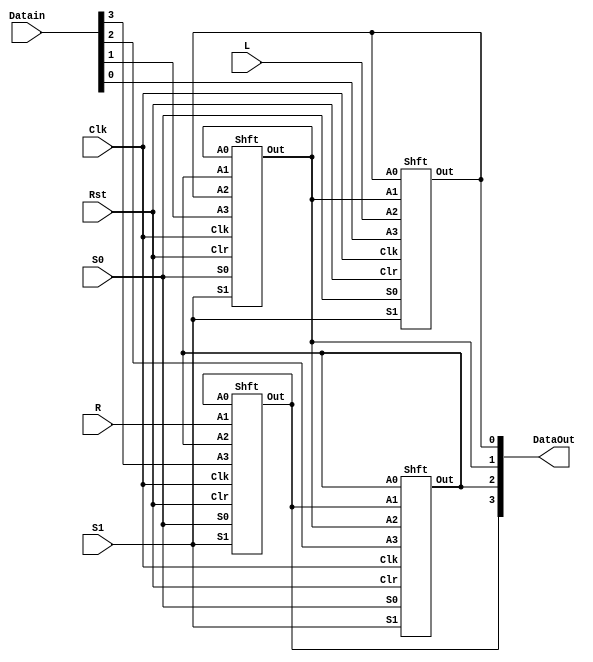
module Universal_shft_reg (
    input Rst,
    input Clk,
    input S1,S0,
    input L,R,
    input [3:0] Datain,
    output [3:0] DataOut 
);
    

    Shft W0(.S1(S1),.S0(S0),.Clr(Rst),.Clk(Clk),.A3(Datain[3]),.A2(DataOut[2]),.A1(R),.A0(DataOut[3]),.Out(DataOut[3]));
    Shft W1(.S1(S1),.S0(S0),.Clr(Rst),.Clk(Clk),.A3(Datain[2]),.A2(DataOut[1]),.A1(DataOut[3]),.A0(DataOut[2]),.Out(DataOut[2]));
    Shft W2(.S1(S1),.S0(S0),.Clr(Rst),.Clk(Clk),.A3(Datain[1]),.A2(DataOut[0]),.A1(DataOut[2]),.A0(DataOut[1]),.Out(DataOut[1]));
    Shft W3(.S1(S1),.S0(S0),.Clr(Rst),.Clk(Clk),.A3(Datain[0]),.A2(L),.A1(DataOut[1]),.A0(DataOut[0]),.Out(DataOut[0]));

 

endmodule

module Shft(S1,S0,Clr,Clk,A3,A2,A1,A0,Out);
input S1,S0,Clr,Clk;
input A3,A2,A1,A0;
output Out;
wire Cont;

mux41 OP(.S1(S1),.S0(S0),.Din3(A3),.Din2(A2),.Din1(A1),.Din0(A0),.Dout(Cont));
dff KO(.D(Cont),.Rst(Clr),.Clk(Clk),.Q(Out));

endmodule

module dff(
    input D,
    input Rst,
    input Clk,
    output reg Q
);
always @(posedge Clk) begin
  if (Rst == 1) begin
    Q <= 0;
  end
  else begin
    Q <= D;
  end
end
endmodule

module mux41(S1,S0,Din3,Din2,Din1,Din0,Dout);
input S1,S0;
input Din3,Din2,Din1,Din0;
output Dout;

assign Dout = S1 ?(S0 ? Din3 : Din2):(S0 ? Din1 : Din0);

endmodule